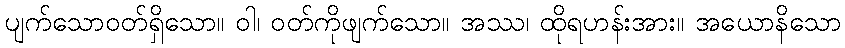
ပျက်သောဝတ်ရှိသော။ ဝါ၊ ဝတ်ကိုဖျက်သော။ အဿ၊ ထိုရဟန်းအား။ အယောနိသော